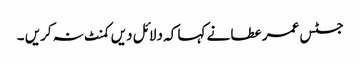
جسٹس عمر عطا نے کہا کہ دلائل دیں کمنٹ نہ کریں ۔